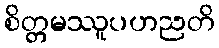
စိတ္တမဿူပဟညတိ